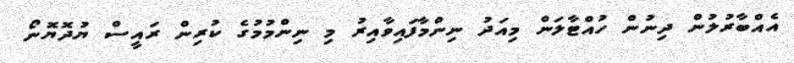
އެއްބާރުލުން ދިނުން ހުއްޓާލަން މިއަދު ނިންމާފައިވާއިރު މި ނިންމުމުގެ ކުރިން ރައީސް ޔުދޮޔޮނޯ